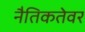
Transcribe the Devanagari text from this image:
नैतिकतेवर